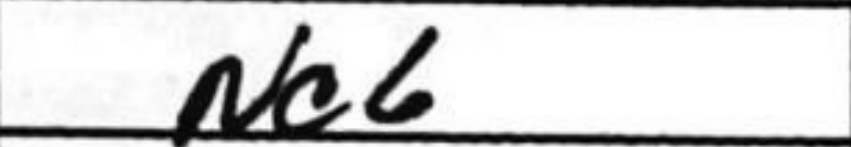
Transcription: Nc6